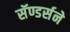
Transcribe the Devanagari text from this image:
सॅण्डर्सने